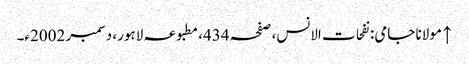
↑ مولانا جامی: نفحات الانس، صفحہ 434، مطبوعہ لاہور، دسمبر 2002ء۔